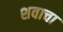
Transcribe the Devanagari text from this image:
शवाचा